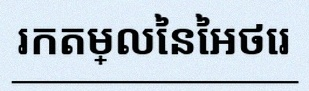
រកតម្លៃនៃអថេរ